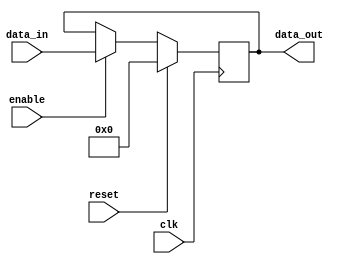
module register_block (
    input wire clk,
    input wire reset,
    input wire enable,
    input wire [7:0] data_in,
    output reg [7:0] data_out
);

reg [7:0] reg_data;

always @(posedge clk) begin
    if (reset)
        reg_data <= 8'b00000000; // Clear register contents
    else if (enable)
        reg_data <= data_in; // Store input data into register
end

assign data_out = reg_data;

endmodule